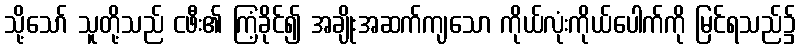
သို့သော် သူတို့သည် ငဖီး၏ ကြံ့ခိုင်၍ အချိုးအဆက်ကျသော ကိုယ်လုံးကိုယ်ပေါက်ကို မြင်ရသည်၌